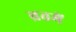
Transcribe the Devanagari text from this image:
व्रतमें